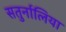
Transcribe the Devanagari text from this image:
सतुर्नालिया